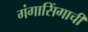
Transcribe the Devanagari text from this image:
गंगासिंगाची